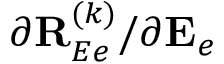
{ \partial { \bf R } _ { E e } ^ { ( k ) } } / { \partial { \bf E } _ { e } }